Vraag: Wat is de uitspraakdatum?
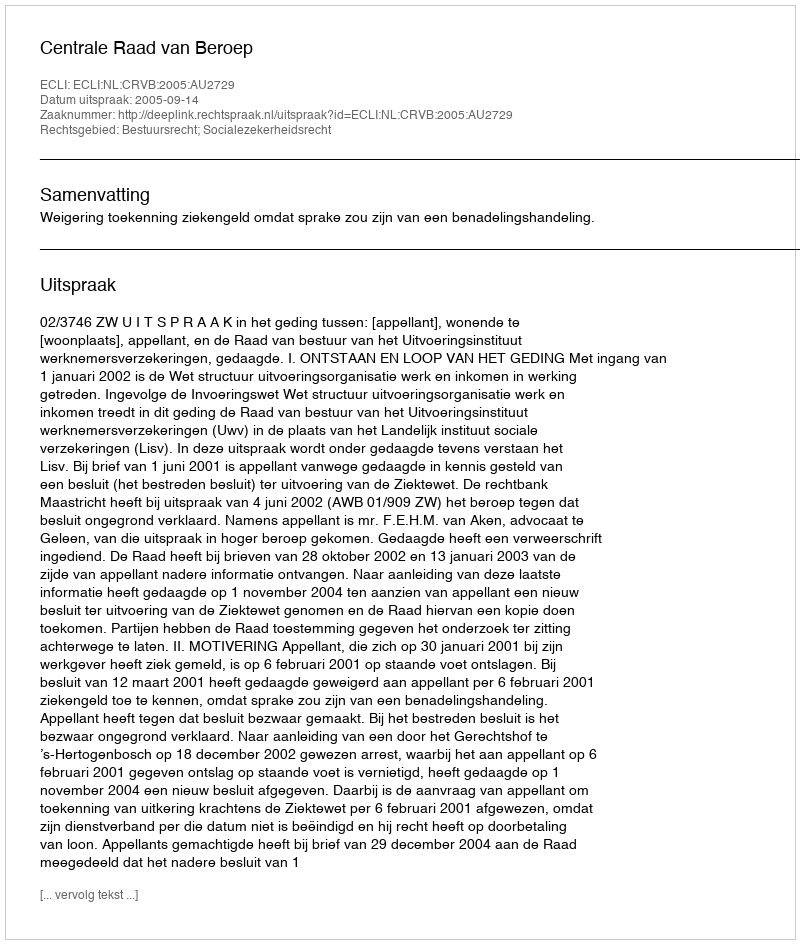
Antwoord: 2005-09-14